Lunatic asylums Central Provinces reports 1895-1909 - 1895-1909
Year: 1895
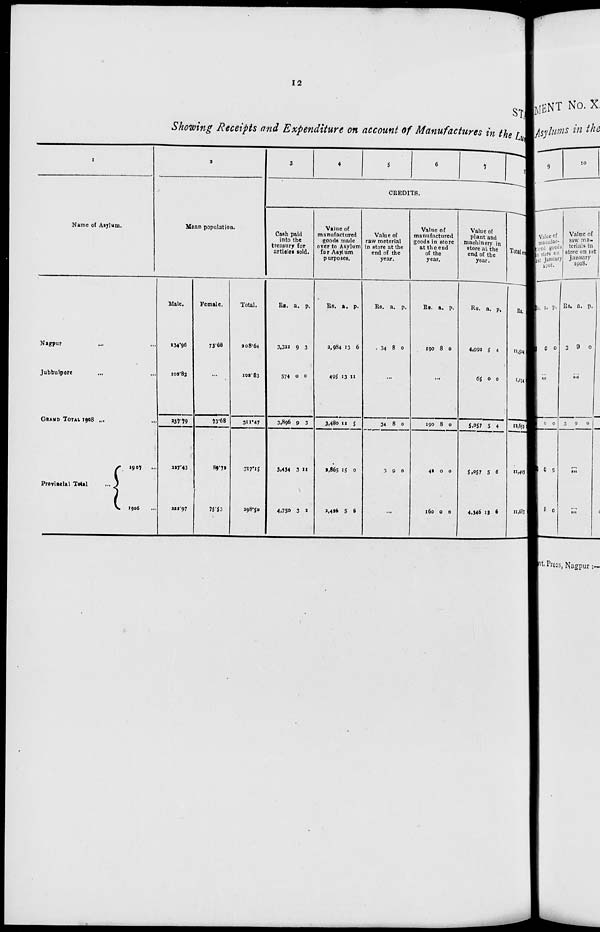
12
STA
Showing Receipts and Expenditure on account of Manufactures in the Lun
1
Name of Asylum.
Nagpur ... ...
Jubbulpore ... ...
GRAND TOTAL 1908 ... ...
Provincial Total
...
1907 ...
1906 ...
2
Mean population.
Male.
134.96
102.83
237.79
227.43
222.97
Female.
73.68
...
73.68
89.72
75.53
Total.
208.64
102.83
311.47
317.15
298.50
3
4
5
6
7
8
CREDITS.
Cash paid
into the
treasury for
articles sold.
Rs.
3,322
574
3,896
3,434
4,750
a.
9
0
9
3
3
p.
3
0
3
11
2
Value of
manufactured
goods made
over to Asylum
for Asylum
purposes.
Rs.
2,984
495
3,480
2,865
2,426
a.
13
13
11
15
5
p.
6
11
5
0
6
Value of
raw meterial
in store at the
end of the
year.
Rs.
34
a.
8
p.
0
...
34
3
8
9
0
0
...
Value of
manufactured
goods in store
at the end
of the
year.
Rs.
190
a.
8
p.
0
...
190
42
160
8
0
0
0
0
0
Value of
plant and
machinery in
store at the
end of the
year.
Rs.
4,992
65
5,057
5,057
4,346
a.
5
0
5
5
13
p.
4
0
4
6
6
Total credit
Rs.
11,524
1,134
12,659
11,403
11,633